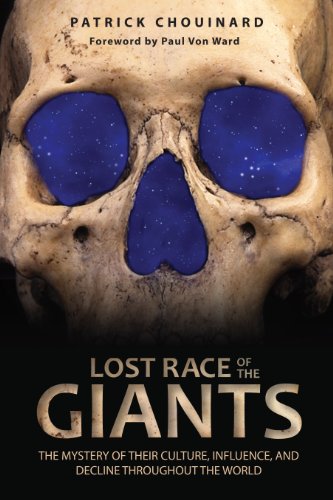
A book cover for Lost Race of the Giants: The Mystery of Their Culture, Influence, and Decline throughout the World; Patrick Chouinard; Religion & Spirituality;